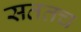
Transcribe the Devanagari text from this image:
सततच